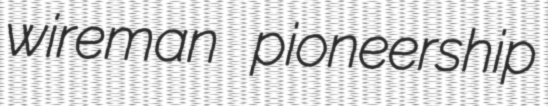
wireman pioneership